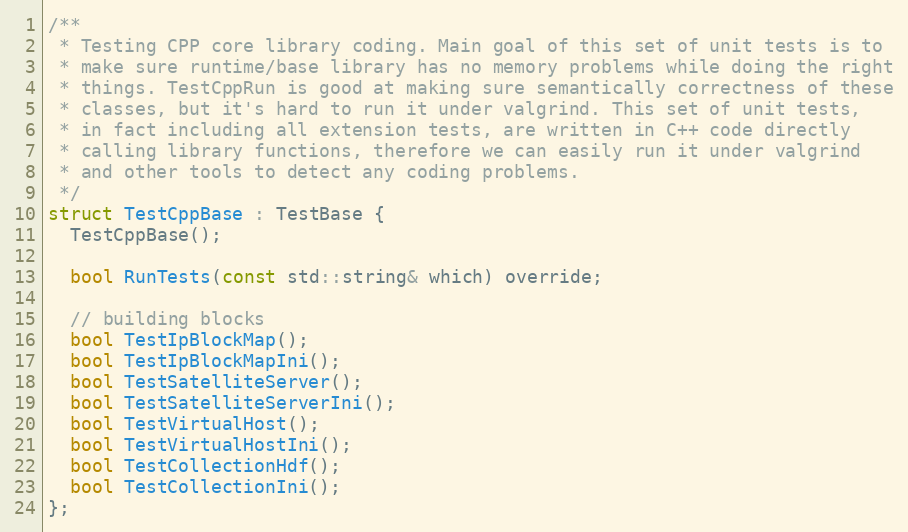
Language: C
/**
 * Testing CPP core library coding. Main goal of this set of unit tests is to
 * make sure runtime/base library has no memory problems while doing the right
 * things. TestCppRun is good at making sure semantically correctness of these
 * classes, but it's hard to run it under valgrind. This set of unit tests,
 * in fact including all extension tests, are written in C++ code directly
 * calling library functions, therefore we can easily run it under valgrind
 * and other tools to detect any coding problems.
 */
struct TestCppBase : TestBase {
  TestCppBase();

  bool RunTests(const std::string& which) override;

  // building blocks
  bool TestIpBlockMap();
  bool TestIpBlockMapIni();
  bool TestSatelliteServer();
  bool TestSatelliteServerIni();
  bool TestVirtualHost();
  bool TestVirtualHostIni();
  bool TestCollectionHdf();
  bool TestCollectionIni();
};